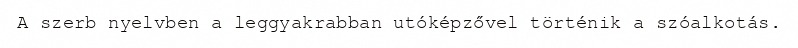
A szerb nyelvben a leggyakrabban utóképzővel történik a szóalkotás.